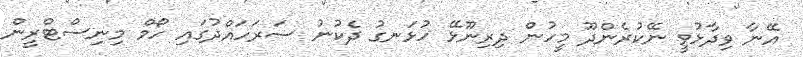
އޭނާ ވިދާޅުވީ ނޭކުރެންދޫ މީހުން ދިރިނޫޅޭ ހުޅަނގު ދެކުނު ސަރަހައްދުގައި ހޯމް މިނިސްޓްރީން